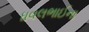
ધવલભાઈના